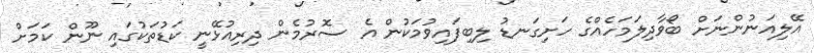
އޭލިއަނުންނަށް ބޯވާދިލަމަހެއްގެ ހަށިގަނޑު ލިބިފައިވުމަކުން އެ ސޮރުމެން ދިރިއުޅޭނީ ކަޑުތަކުގައި ނޫން ކަމަށް